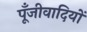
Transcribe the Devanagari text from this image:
पूँजीवादियों